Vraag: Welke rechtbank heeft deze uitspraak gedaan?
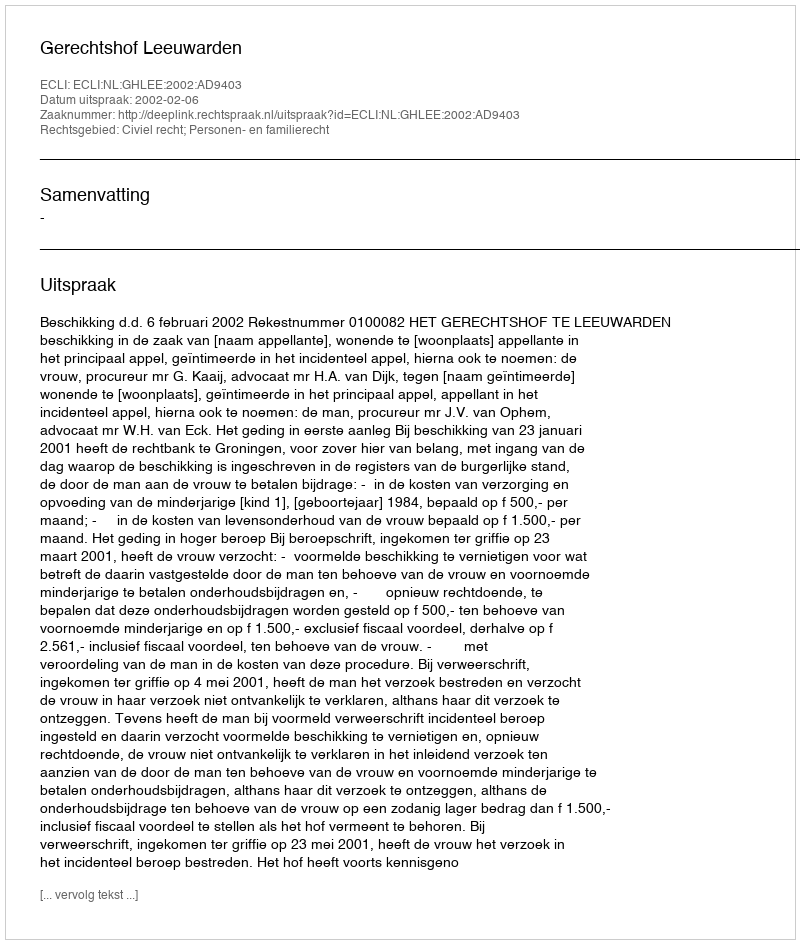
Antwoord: Gerechtshof Leeuwarden